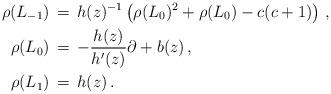
LaTeX: \begin{align*}\rho(L_{-1}) \,& =\, h(z)^{-1} \left(\rho(L_0)^2 + \rho(L_0) -c(c+1)\right)\, ,\\\rho(L_{0}) \,&=\, -\frac{h(z)}{h'(z)} \partial + b(z) \, ,\\\rho(L_1) \,&=\, h(z)\, .\end{align*}%\end{align*}